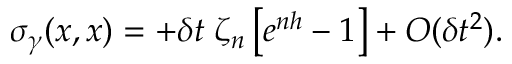
\sigma _ { \gamma } ( x , x ) = + \delta t \; \zeta _ { n } \left[ e ^ { n h } - 1 \right] + O ( \delta t ^ { 2 } ) .